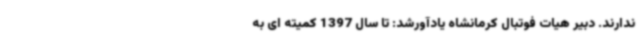
ندارند. دبیر هیات فوتبال کرمانشاه یادآورشد: تا سال 1397 کمیته ای به